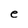
Character: e